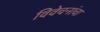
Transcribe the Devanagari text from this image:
विवेचनांचा